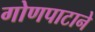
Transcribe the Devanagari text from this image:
गोणपाटाने